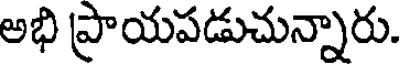
అభి ప్రాయపడుచున్నారు.